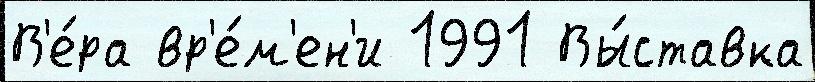
В'е́ра вр'е́м'ен'и 1991 Вы́ставка